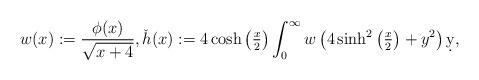
LaTeX: \begin{align*} w(x):=\frac{\phi(x)}{\sqrt{x+4}}, \check{h}(x):=4\cosh\left(\tfrac{x}{2} \right) \int_{0}^{\infty} w\left( 4 \sinh^2 \left(\tfrac{x}{2} \right)+y^2 \right)\d y, \end{align*}